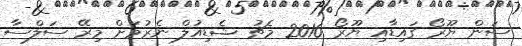
ސަން ޔޫރޯ ގައިޑާއި ޔޫރޯ 2016 މެޗު ޝެޑިއުލް ނެރުމަށް މިރޭ ސަލްސާ